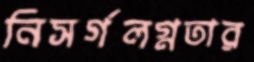
নিসর্গলগ্নতার